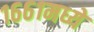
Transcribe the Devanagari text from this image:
१६६१मध्ये